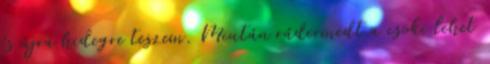
és újra hidegre teszem. Miután rádermedt a csoki lehet